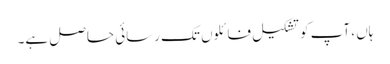
ہاں ، آپ کو تشکیل فائلوں تک رسائی حاصل ہے۔